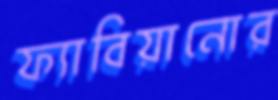
ফ্যাবিয়ানোর